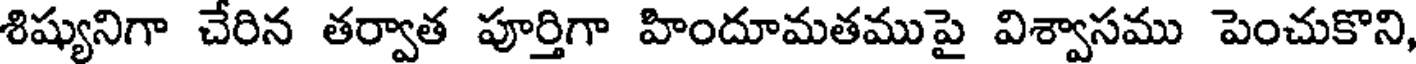
శిష్యునిగా చేరిన తర్వాత పూర్తిగా హిందూమతముపై విశ్వాసము పెంచుకొని,